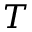
T